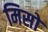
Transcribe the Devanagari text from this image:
मिसों